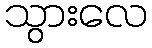
သွားလေ